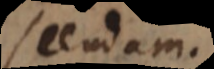
scendam.